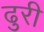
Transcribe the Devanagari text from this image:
ढुरी